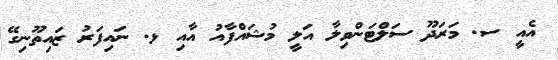
އެއީ ސ. މަރަދޫ ސަލްޓަންވިލާ އަލީ މުޝައްފާއު އާއި ޅ. ނައިފަރު ޒައިތޫނިގޭ